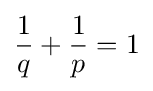
{\frac {1}{q}}+{\frac {1}{p}}=1